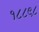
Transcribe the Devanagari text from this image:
१८८९८